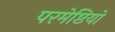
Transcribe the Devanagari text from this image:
परमेष्ठियों